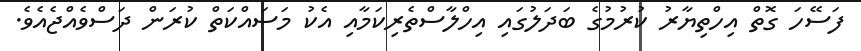
ފަސޭހަ ގޮތް އިހްތިޔާރު ކުރުމުގެ ބަދަލުގައި އިހްލާސްތެރިކަމާއި އެކު މަސައްކަތް ކުރަން ދަސްވެއްޖެއެވެ.